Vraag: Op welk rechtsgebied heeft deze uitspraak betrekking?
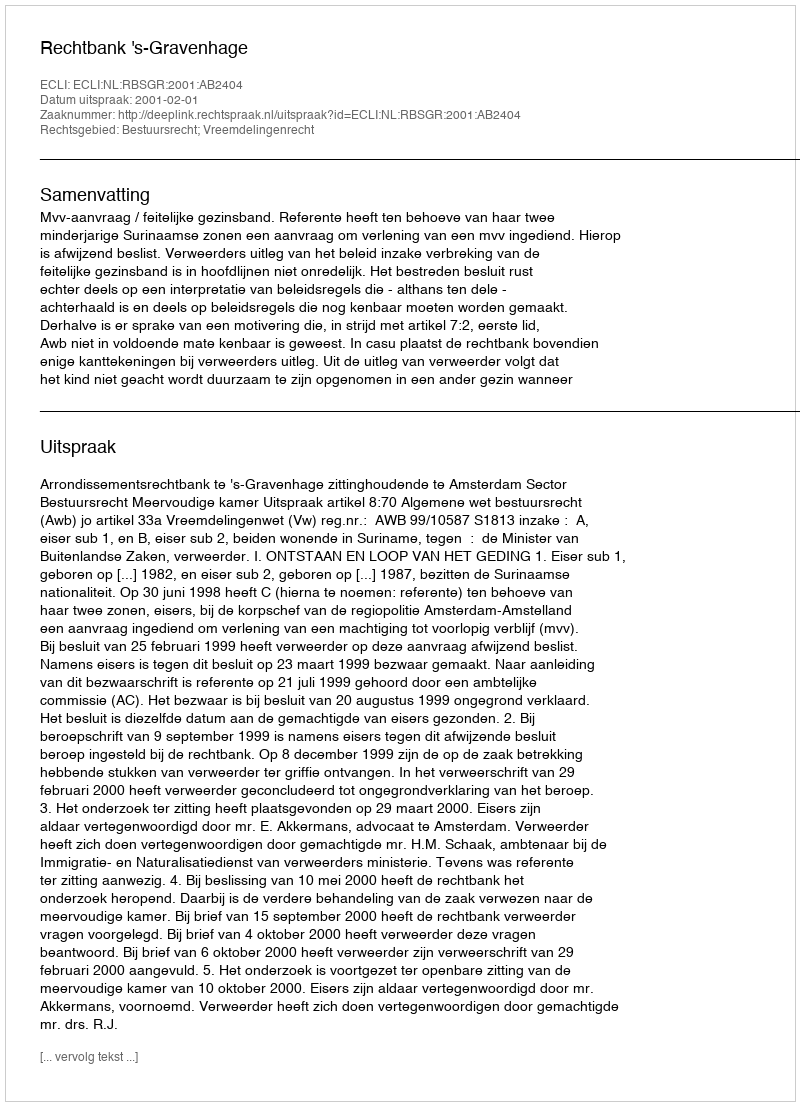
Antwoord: Bestuursrecht; Vreemdelingenrecht